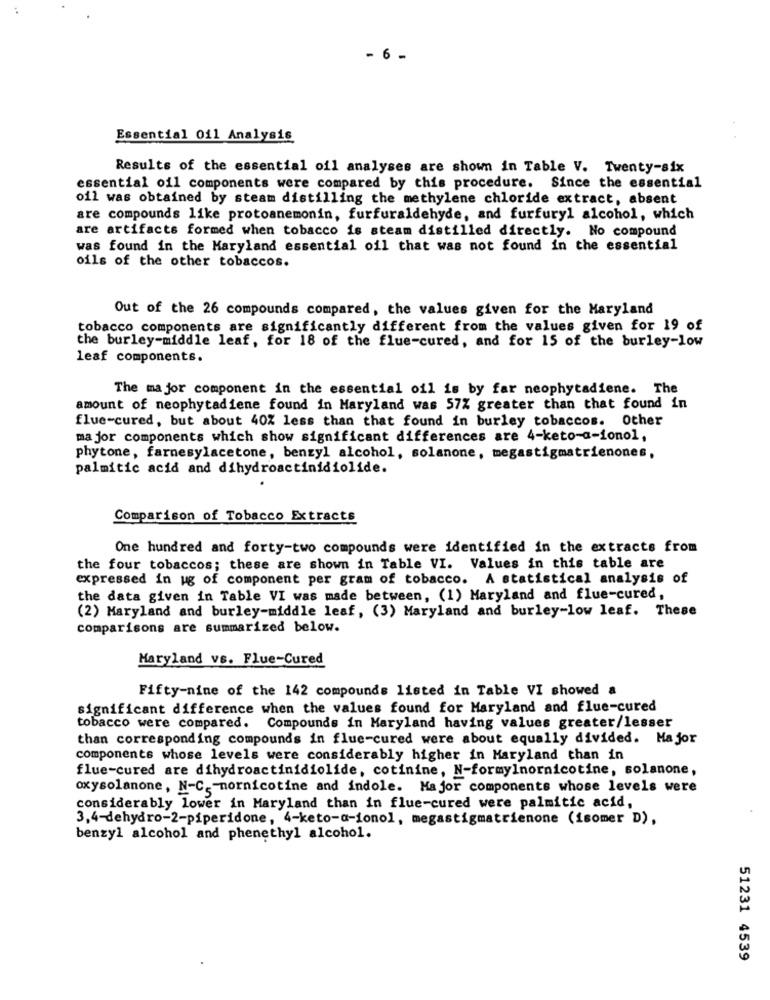
- 6 -
Essential Oil Analysis
Results of the essential oil analyses are shown in Table V. Twenty-six
essential oil components were compared by this procedure. Since the essential
oil was obtained by steam distilling the methylene chloride extract, absent
are compounds like protoanemonin, furfuraldehyde, and furfuryl alcohol, which
are artifacts formed when tobacco is steam distilled directly. No compound
was found in the Maryland essential oil that was not found in the essential
oils of the other tobaccos.
Out of the 26 compounds compared, the values given for the Maryland
tobacco components are significantly different from the values given for 19 of
the burley-middle leaf, for 18 of the flue-cured, and for 15 of the burley-low
leaf components.
The major component in the essential oil is by far neophytadiene. The
amount of neophytadiene found in Maryland was 57% greater than that found in
flue-cured, but about 40% less than that found in burley tobaccos. Other
major components which show significant differences are 4-keto-a-ionol,
phytone, farnesylacetone, benzyl alcohol, solanone, megastigmatrienones,
palmitic acid and dihydroactinidiolide.
Comparison of Tobacco Extracts
One hundred and forty-two compounds were identified in the extracts from
the four tobaccos; these are shown in Table VI. Values in this table are
expressed in ug of component per gram of tobacco. A statistical analysis of
the data given in Table VI was made between, (1) Maryland and flue-cured,
(2) Maryland and burley-middle leaf, (3) Maryland and burley-low leaf. These
comparisons are summarized below.
Maryland vs. Flue-Cured
Fifty-nine of the 142 compounds listed in Table VI showed a
significant difference when the values found for Maryland and flue-cured
tobacco were compared. Compounds in Maryland having values greater/lesser
than corresponding compounds in flue-cured were about equally divided. Major
components whose levels were considerably higher in Maryland than in
flue-cured are dihydroactinidiolide, cotinine, N-formylnornicotine, solanone,
oxysolanone, N-C. - mornicotine and indole. Major components whose levels were
considerably lower in Maryland than in flue-cured were palmitic acid,
3,4-dehydro-2-piperidone, 4-keto-a-ionol, megastigmatrienone (isomer D),
benzyl alcohol and phenethyl alcohol.
51231 4539